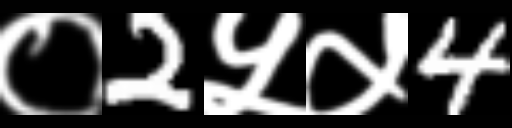
Text: ०2५५4